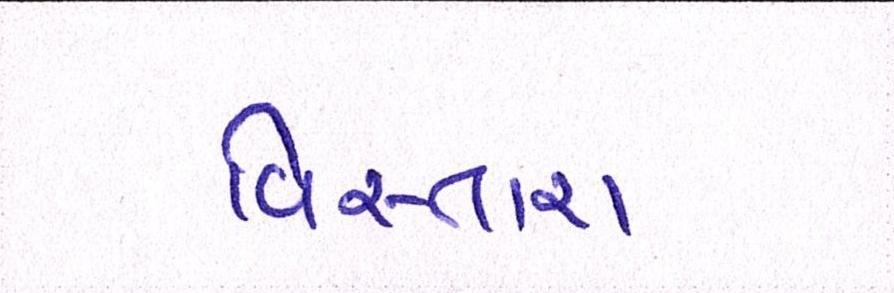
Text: વિસ્તારા